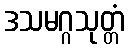
ဒသမဂ္ဂသုတ္တံ